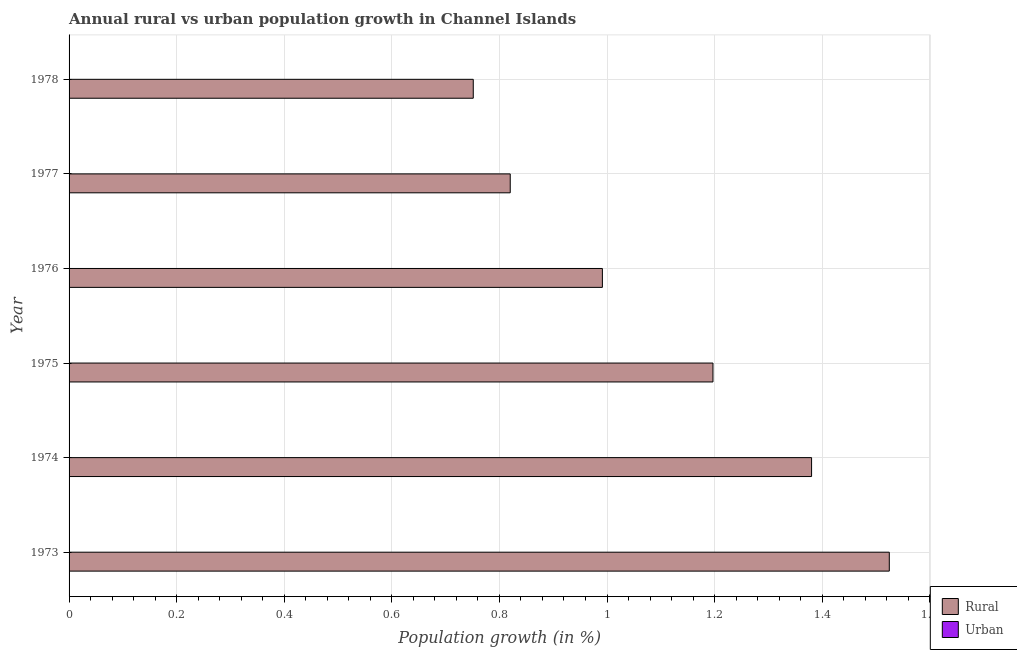
| Year | Rural | Urban  |
 | --- | --- | --- |
 | 1973 | 1.52 | -0.252 |
 | 1974 | 1.38 | -0.402 |
 | 1975 | 1.2 | -0.584 |
 | 1976 | 0.991 | -0.79 |
 | 1977 | 0.82 | -0.956 |
 | 1978 | 0.751 | -1.03 |